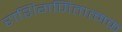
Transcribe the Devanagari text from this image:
राशिगणितात्मक